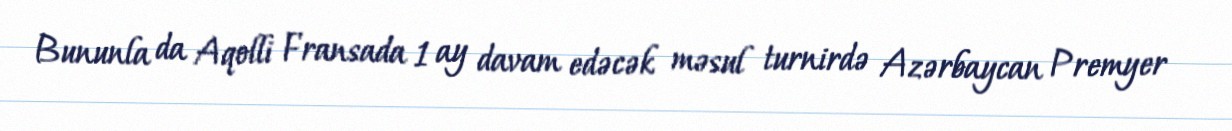
Bununla da Aqolli Fransada 1 ay davam edəcək məsul turnirdə Azərbaycan Premyer